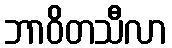
ဘာဝိတသီလာ